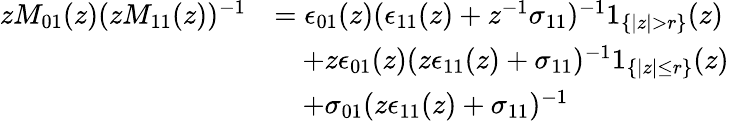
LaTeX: \begin{array}{rl}{zM_{01}(z)(zM_{11}(z))^{-1}}&{=\epsilon_{01}(z)(\epsilon_{11}(z)+z^{-1}\sigma_{11})^{-1}1_{\{ |z|>r\} }(z)}\\ &{\quad+z\epsilon_{01}(z)(z\epsilon_{11}(z)+\sigma_{11})^{-1}1_{\{ |z|\le r\} }(z)}\\ &{\quad+\sigma_{01}(z\epsilon_{11}(z)+\sigma_{11})^{-1}}\end{array}